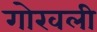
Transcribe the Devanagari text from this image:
गोखली